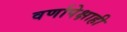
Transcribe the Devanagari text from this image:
वर्णापेक्षाही